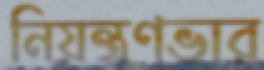
নিয়ন্ত্রণভার